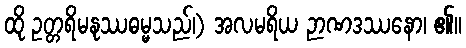
ထို ဥတ္တရိမနုဿဓမ္မသည်၊) အလမရိယ ဉာဏဒဿနော၊ ၏။